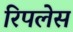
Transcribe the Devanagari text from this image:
रिपलेस